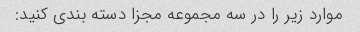
موارد زیر را در سه مجموعه مجزا دسته بندی کنید: